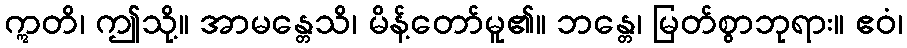
ဣတိ၊ ဤသို့။ အာမန္တေသိ၊ မိန့်တော်မူ၏။ ဘန္တေ၊ မြတ်စွာဘုရား။ ဧဝံ၊